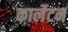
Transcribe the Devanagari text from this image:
कार्लेटन